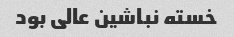
خسته نباشین عالی بود